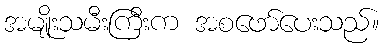
အမျိုးသမီးကြီးက အစဖော်ပေးသည်။